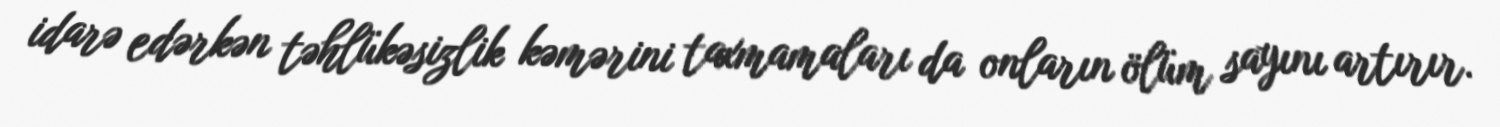
idarə edərkən təhlükəsizlik kəmərini taxmamaları da onların ölüm sayını artırır.